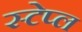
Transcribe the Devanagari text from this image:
स्टेप्ल